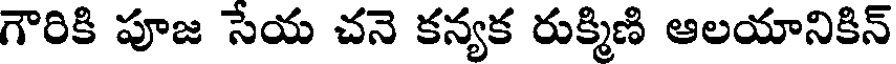
గౌరికి పూజ సేయ చనె కన్యక రుక్మిణి ఆలయానికిన్